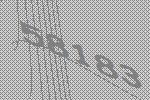
58183